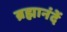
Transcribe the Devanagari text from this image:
ब्रह्मानंदें